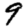
Digit: 9